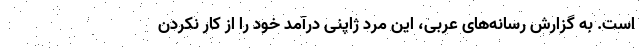
است. به گزارش رسانه‌های عربی، این مرد ژاپنی درآمد خود را از کار نکردن